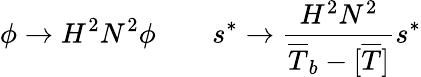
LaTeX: \phi\rightarrow H^{2}N^{2}\phi\qquad s^{*}\rightarrow\frac{H^{2}N^{2}}{\overline{{T}}_{b}-[\overline{{T}}]}s^{*}